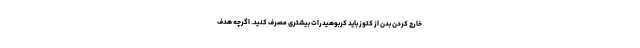
خارج کردن بدن از کتوز باید کربوهیدرات بیشتری مصرف کنید. اگرچه هدف